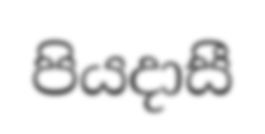
පියදාසී